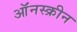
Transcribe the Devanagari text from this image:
ऑंनस्क्रीन